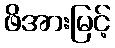
ဖိအားမြင့်